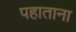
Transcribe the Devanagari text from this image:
पहाताना